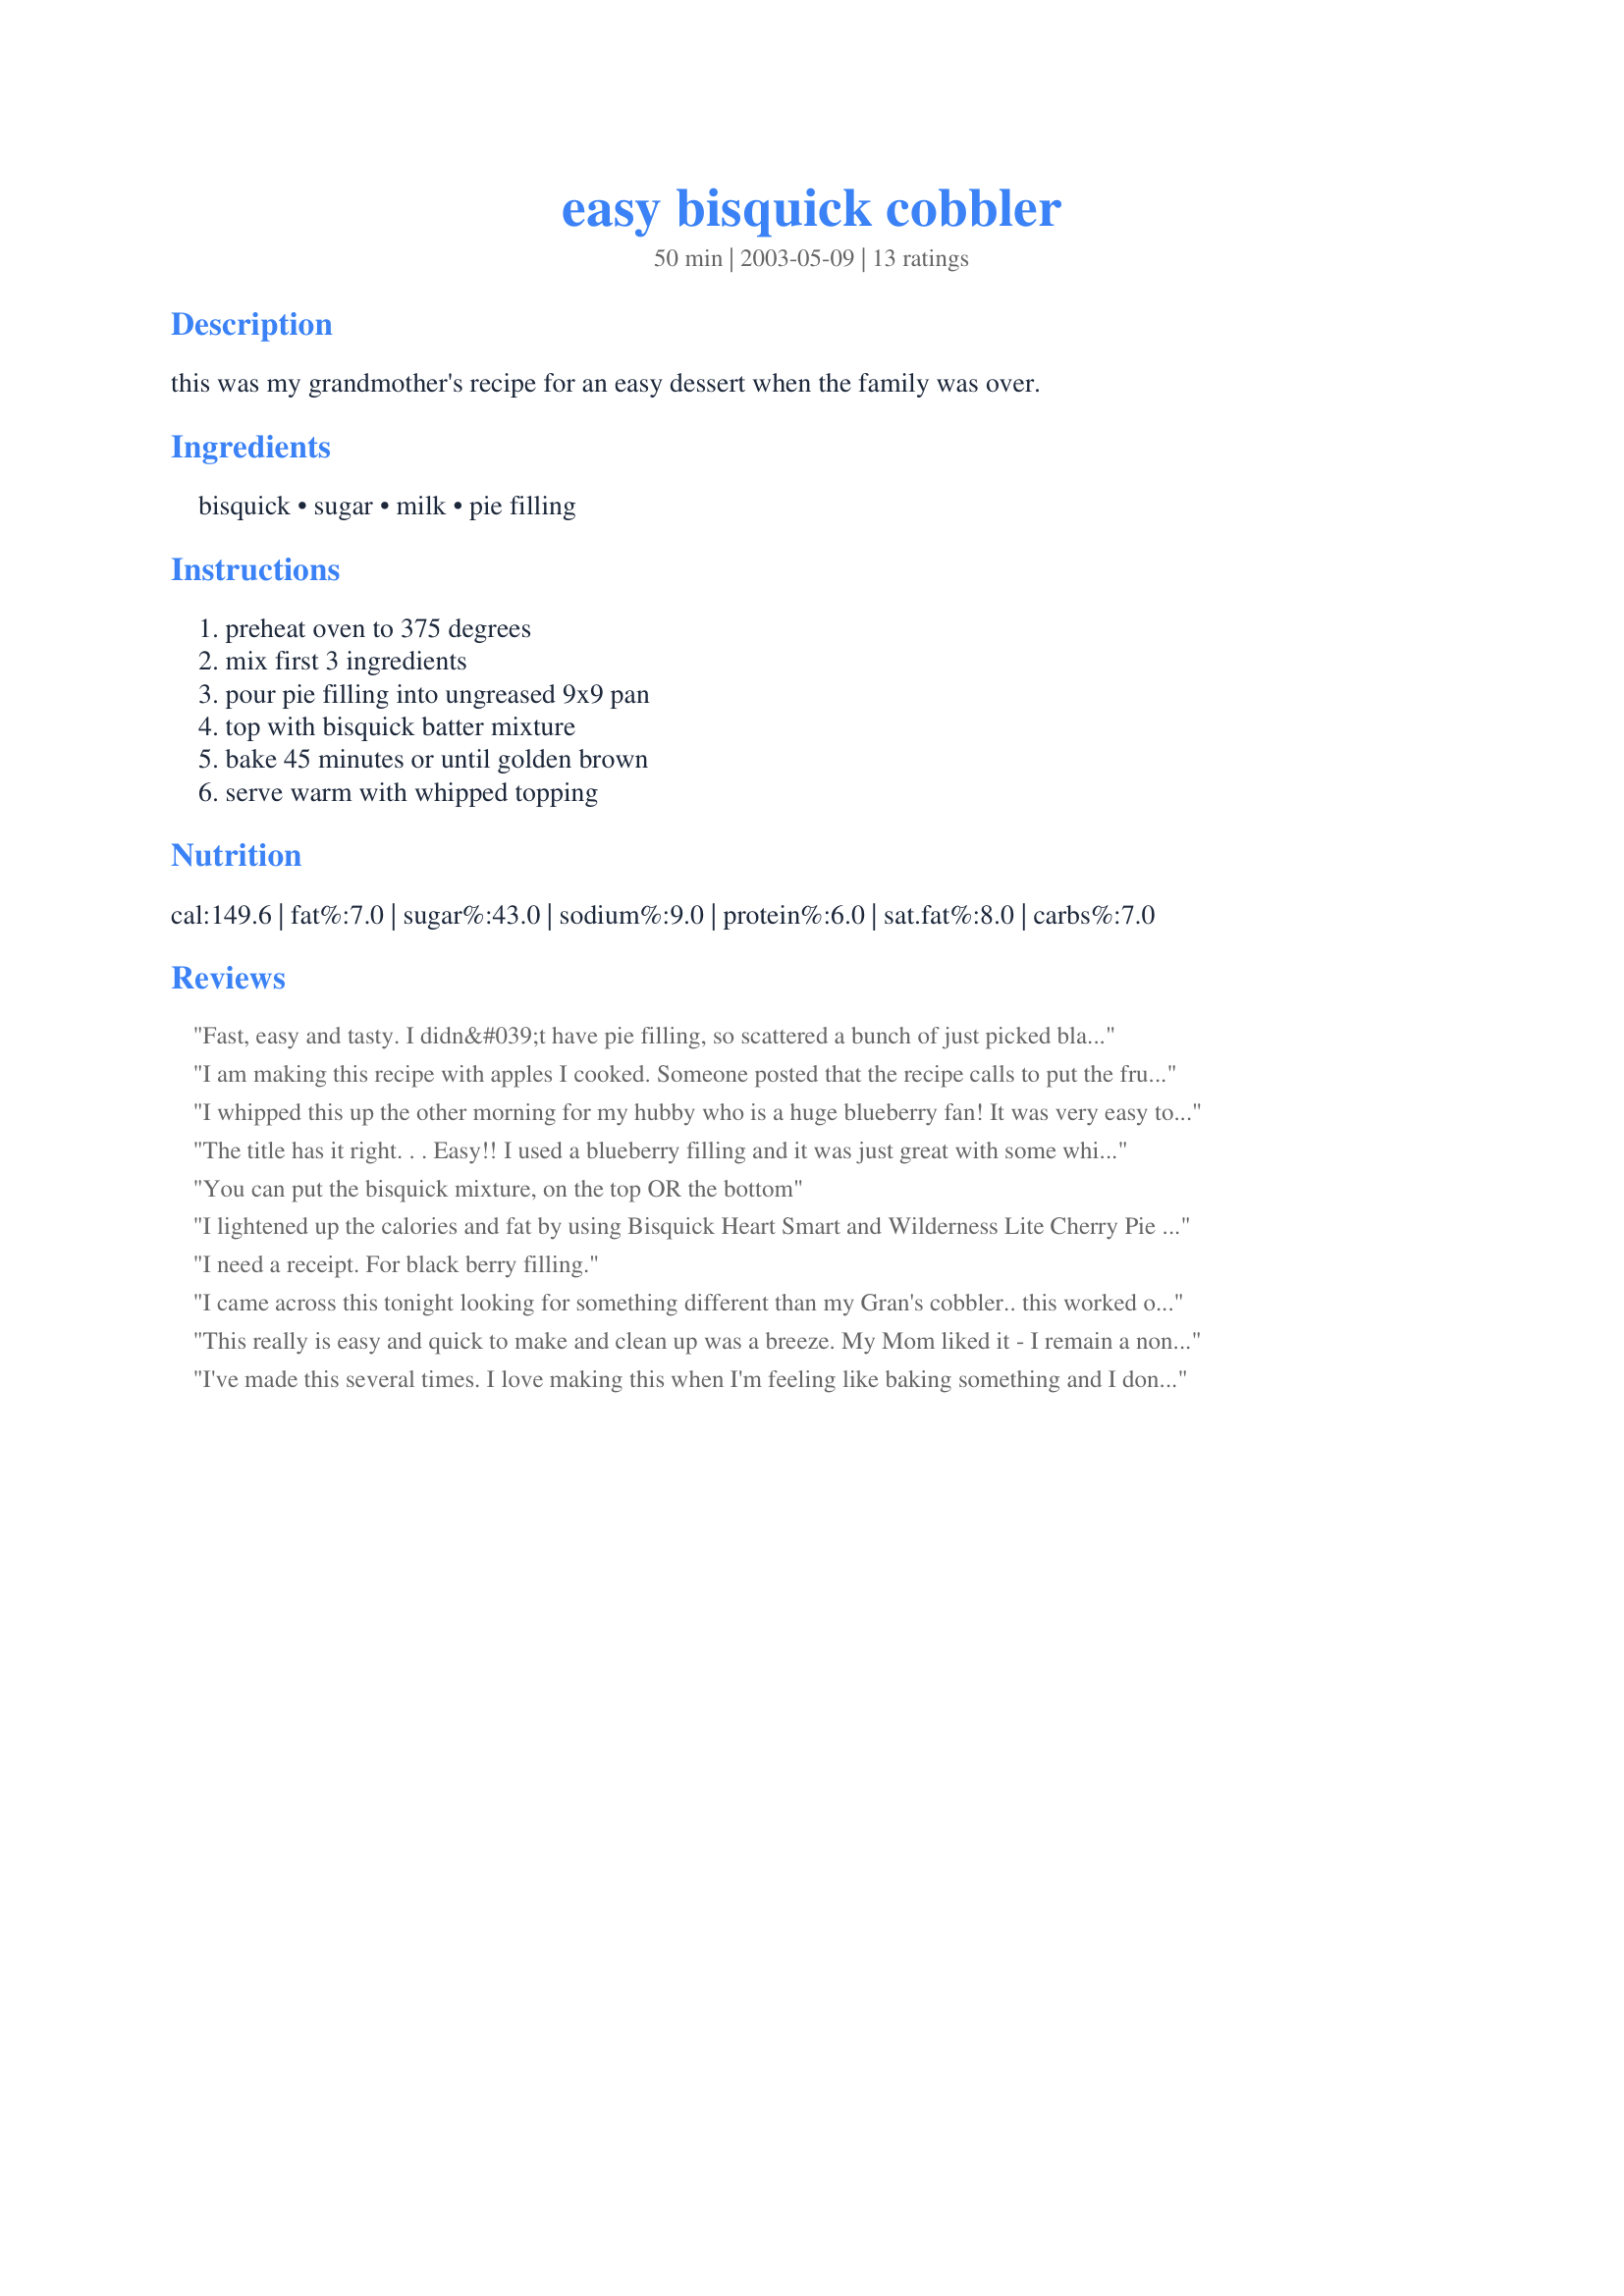
easy bisquick cobbler
Preparation time: 50 minutes

this was my grandmother's recipe for an easy dessert when the family was over.

Ingredients:
bisquick, sugar, milk, pie filling

Steps:
preheat oven to 375 degrees, mix first 3 ingredients, pour pie filling into ungreased 9x9 pan, top with bisquick batter mixture, bake 45 minutes or until golden brown, serve warm with whipped topping

Reviews:
Fast, easy and tasty. I didn&#039;t have pie filling, so scattered a bunch of just picked blackberries all through it and joila, dessert. So so simple, you can&#039;t go wrong with this. Thanks!
I am making this recipe with apples I cooked. Someone posted that the recipe calls to put the fruit mixture on top of the batter, but I went back and re-read the recipe several times and that is not what it said. The fruit mixture goes on the bottom and the Bisquick batter gets poured on top. Will let you know how mine turns out.??
I whipped this up the other morning for my hubby who is a huge blueberry fan! It was very easy to throw together and he gobbled it all up. The only issue that we had with this (and I'm sure that I did something wrong) is that the pie filling didn't really spread out very well over the Bisquick mix. It sort of came out like a blob on the top! Looked ugly but he sure ate it up. I definitely will try this recipe again but next time I'm going to try "swirling" the pie filling into the mixute a little more. YUMM!
The title has it right. . . Easy!!
I used a blueberry filling and it was just great with some whip cream. Next will be apple. Thanks Spookygirl
You can put the bisquick mixture, on the top OR the bottom
I lightened up the calories and fat by using Bisquick Heart Smart and Wilderness Lite Cherry Pie Filling. The topping came out a beautfiul, golden brown with a sponge-cake-like texture and it is best when served warm.
I need a receipt. For black berry filling.
I came across this tonight looking for something different than my Gran's cobbler.. this worked out very well and easy! Not that Gran's is hard. It is just nice to have a toss together and go dessert and this is it. I did melt a 1/4 c of butter in my pan, added a teaspoon of vanilla, used cherry pie filling and this came out perfect. Thanks for sharing Spooky Girl.
This really is easy and quick to make and clean up was a breeze. My Mom liked it - I remain a non-cobbler person though. I would make it again for last minute company with out second thoughts.
I've made this several times. I love making this when I'm feeling like baking something and I don't feel like cookies or brownies or whatever. My husband loves it. I make it in my 8x8 and it's perfect.
This was okay but I probably won't make it again. It seemed a bit too chewy/tough for me. However, it is easy and the directions are clear.
Recipe says pour pie filling on top. Not so, it's the thick batter that one drops by the spoon full on top. 375 is too high and 45 min. too long. Best is 350 at 30 min. As soon as you see a golden color, it's ready. Tried the original temp and times and the cobbler ended up too brown instead of the golden color. Best when baking anything is to check often and note the best time before taking out of oven. Some ovens are way too hot for the required temperature setting.
I have used this recipe many times, and it's always gotten rave reviews and requests for repeats. It's one of the easiest recipes in my book. I love it!!!
